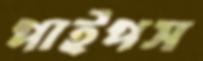
পাইপস